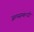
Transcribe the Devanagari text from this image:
जलसम्बन्धी